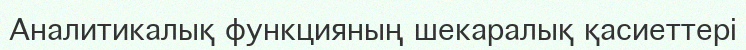
Аналитикалық функцияның шекаралық қасиеттері